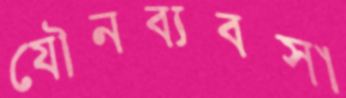
যৌনব্যবসা